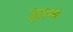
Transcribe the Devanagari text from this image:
ह्राम